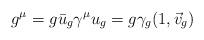
LaTeX: \begin{align*}g^{\mu}=g\bar{u}_g\gamma^{\mu}u_g=g\gamma_g(1,\vec{v}_g)\end{align*}